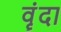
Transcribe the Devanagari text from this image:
वॄंदा